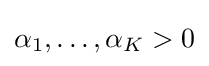
\alpha _{1},\ldots ,\alpha _{K}>0